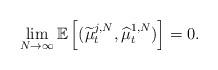
LaTeX: \begin{align*}\lim_{N \to \infty}\mathbb{E}\left[ (\widetilde{\mu}^{j,N}_t,\widehat{\mu}^{1,N}_t)\right]=0.\end{align*}